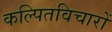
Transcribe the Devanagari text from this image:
कल्पितविचारों